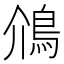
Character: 䲸